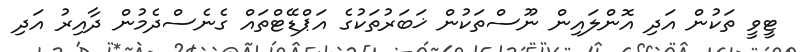
ޓީވީ ތަކުން އަދި އޮންލައިން ނޫސްތަކުން ޚަބަރުތަކުގެ އަޕްޑޭޓްތައް ގެނެސްދެމުން ދާއިރު އަދި